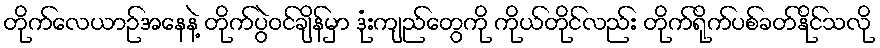
တိုက်လေယာဉ်အနေနဲ့ တိုက်ပွဲဝင်ချိန်မှာ ဒုံးကျည်တွေကို ကိုယ်တိုင်လည်း တိုက်ရိုက်ပစ်ခတ်နိုင်သလို